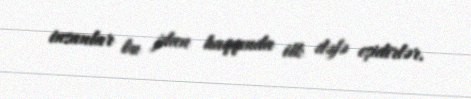
insanlar bu plan haqqında ilk dəfə eşidirlər.